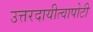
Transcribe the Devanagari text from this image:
उत्तरदायीत्वापोटी